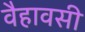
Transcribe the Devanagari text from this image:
वैहावसी